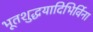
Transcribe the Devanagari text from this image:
भूतशुद्धयादिभिर्विना